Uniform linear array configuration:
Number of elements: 32
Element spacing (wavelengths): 1
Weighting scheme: blackman
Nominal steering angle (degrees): -15
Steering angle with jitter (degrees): -16.765
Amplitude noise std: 0.05
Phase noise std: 0.05

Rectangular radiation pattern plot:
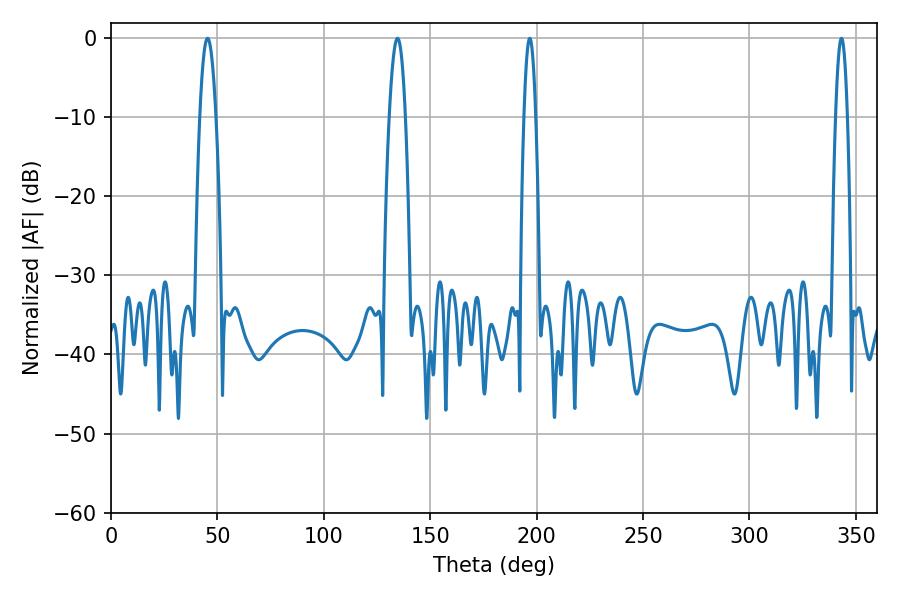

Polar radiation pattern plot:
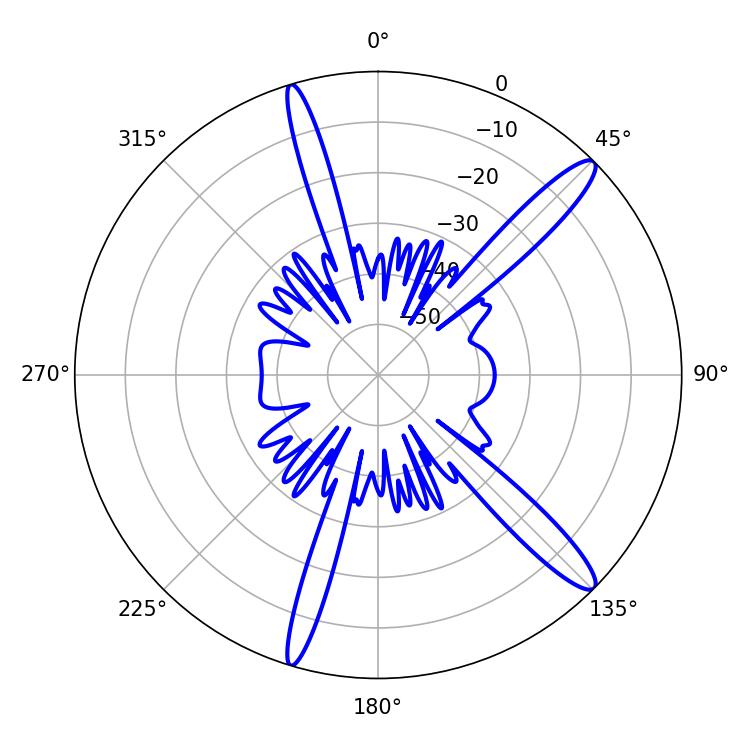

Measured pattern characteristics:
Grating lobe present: TRUE
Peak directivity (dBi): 14.034
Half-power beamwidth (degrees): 4.14
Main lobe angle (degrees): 134.64